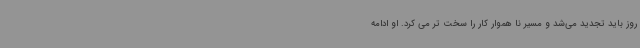
روز باید تجدید می‌شد و مسیر نا هموار کار را سخت تر می کرد. او ادامه